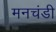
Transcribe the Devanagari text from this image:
मनचंडी